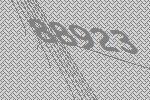
88923